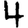
Digit: 4